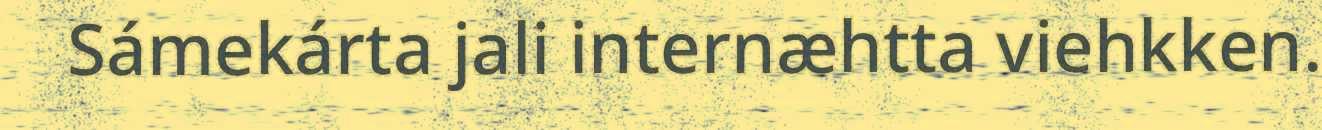
Sámekárta jali internæhtta viehkken.